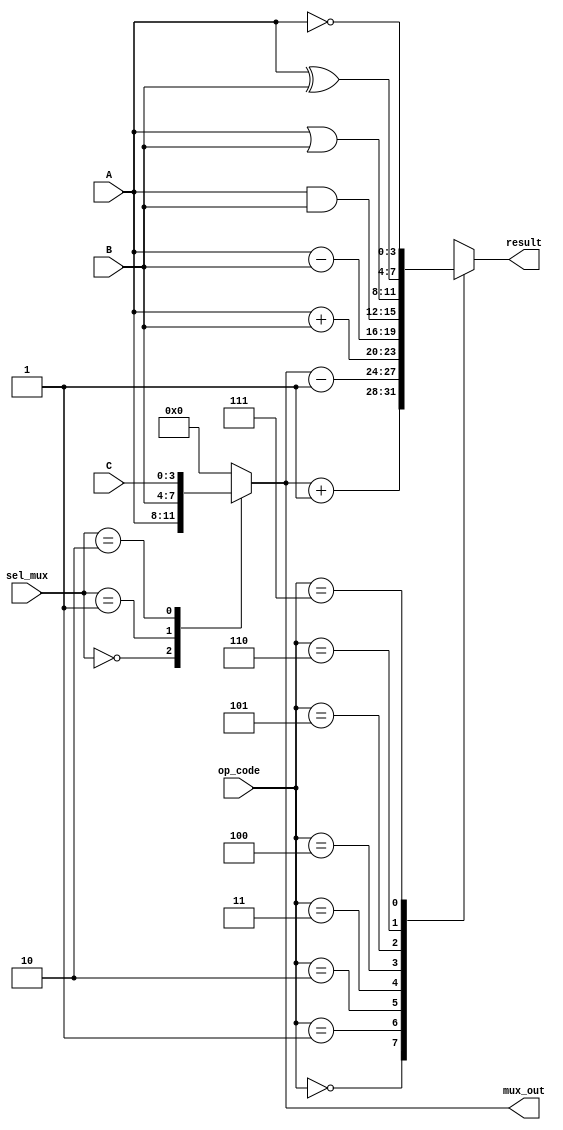
module CombinationalLogicBlocks (
    input wire [3:0] A,          // 4-bit input A
    input wire [3:0] B,          // 4-bit input B
    input wire [3:0] C,          // 4-bit input C
    input wire [1:0] sel_mux,    // 2-bit selector for multiplexer
    input wire [2:0] op_code,    // Operation code for ALU
    output wire [3:0] result,     // 4-bit output result
    output wire [3:0] mux_out     // 4-bit output from multiplexer
);

// Multiplexer
always @(*) begin
    case (sel_mux)
        2'b00: mux_out = A;
        2'b01: mux_out = B;
        2'b10: mux_out = C;
        default: mux_out = 4'b0000; // Default case
    endcase
end

// Arithmetic Logic Unit (ALU)
reg [3:0] alu_result;
always @(*) begin
    case (op_code)
        3'b000: alu_result = mux_out + 1;         // Increment
        3'b001: alu_result = mux_out - 1;         // Decrement
        3'b010: alu_result = A + B;                // Addition
        3'b011: alu_result = A - B;                // Subtraction
        3'b100: alu_result = A & B;                // AND
        3'b101: alu_result = A | B;                // OR
        3'b110: alu_result = A ^ B;                // XOR
        3'b111: alu_result = ~A;                   // NOT A
        default: alu_result = 4'b0000;             // Default case
    endcase
end

assign result = alu_result;

endmodule